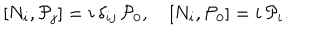
\left[ N _ { i } , { \cal P } _ { j } \right] = i \, \delta _ { i j } \, { \cal P } _ { 0 } , \quad \left[ N _ { i } , { \cal P } _ { 0 } \right] = i \, { \cal P } _ { i } .